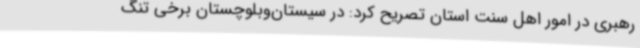
رهبری در امور اهل سنت استان تصریح کرد: در سیستان‌وبلوچستان برخی تنگ